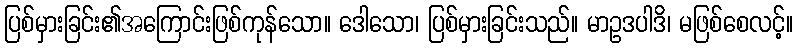
ပြစ်မှားခြင်း၏အကြောင်းဖြစ်ကုန်သော။ ဒေါသော၊ ပြစ်မှားခြင်းသည်။ မာဥဒပါဒိ၊ မဖြစ်စေလင့်။